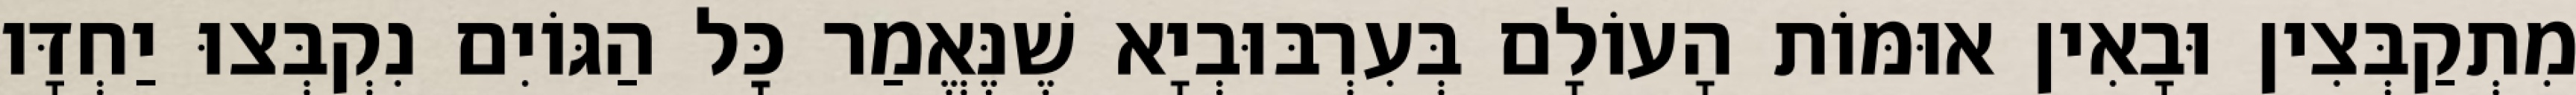
מִתְקַבְּצִין וּבָאִין אוּמּוֹת הָעוֹלָם בְּעִרְבּוּבְיָא שֶׁנֶּאֱמַר כׇּל הַגּוֹיִם נִקְבְּצוּ יַחְדָּו